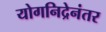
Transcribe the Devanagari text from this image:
योगनिद्रेनंतर